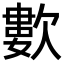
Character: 𣤋